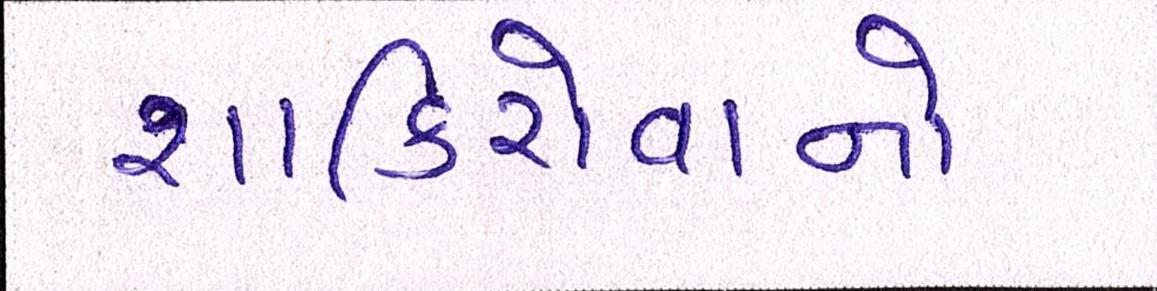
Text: શાકિરોવાનો